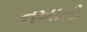
નખાતો